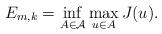
LaTeX: \begin{gather*} E_{m,k}=\inf_{A \in \mathcal{A}} \max_{u \in A} J(u).\end{gather*}